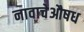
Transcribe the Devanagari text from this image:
नावाचेऔषध